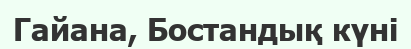
Гайана, Бостандық күнi